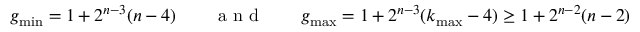
g _ { \mathrm { m i n } } = 1 + 2 ^ { n - 3 } ( n - 4 ) \qquad \mathrm { ~ a ~ n ~ d ~ } \qquad g _ { \mathrm { m a x } } = 1 + 2 ^ { n - 3 } ( k _ { \mathrm { m a x } } - 4 ) \geq 1 + 2 ^ { n - 2 } ( n - 2 )